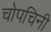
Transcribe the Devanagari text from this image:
चोपचिनी